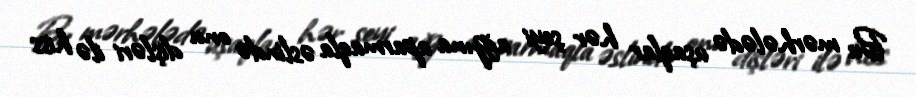
Bu mərhələdə uşaqlar hər şeyi ağzına aparmaqla əslində onu dişləri ilə hiss